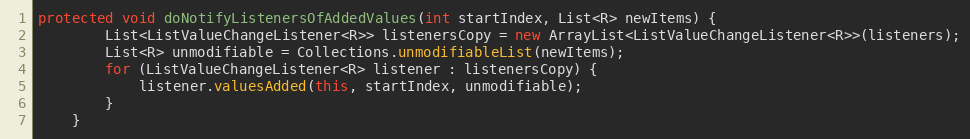
Language: Java
protected void doNotifyListenersOfAddedValues(int startIndex, List<R> newItems) {
        List<ListValueChangeListener<R>> listenersCopy = new ArrayList<ListValueChangeListener<R>>(listeners);
        List<R> unmodifiable = Collections.unmodifiableList(newItems);
        for (ListValueChangeListener<R> listener : listenersCopy) {
            listener.valuesAdded(this, startIndex, unmodifiable);
        }
    }